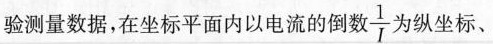
验测量数据，在坐标平面内以电流的倒数 \frac{1}{ I }为纵坐标、